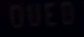
QUED